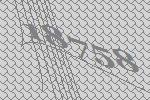
18758